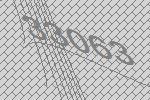
33063